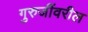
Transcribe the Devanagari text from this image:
गुरुजींवरील